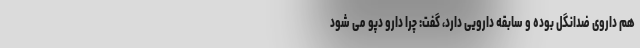
هم داروی ضدانگل بوده و سابقه دارویی دارد، گفت: چرا دارو دپو می شود